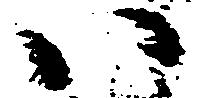
い